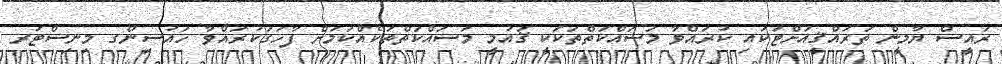
ރައީސް ޔާމީން ތަރައްޤީއަށްޓަކައި ކުރައްވާ މަސައްކަތްތަކަކީ ޤައުމީ މަސައްކަތްތަކެއްކަމަށް ފާހަގަކުރައްވާ ހައުސިންގ މިނިސްޓަރ